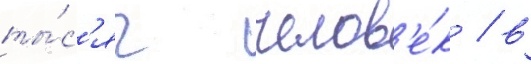
ты́с'яч челов'е́к / в